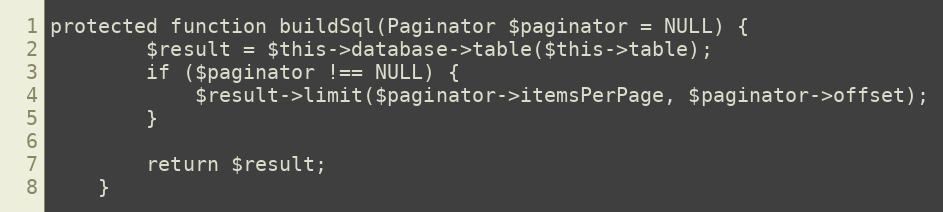
Language: PHP
protected function buildSql(Paginator $paginator = NULL) {
		$result = $this->database->table($this->table);
		if ($paginator !== NULL) {
			$result->limit($paginator->itemsPerPage, $paginator->offset);
		}

		return $result;
	}